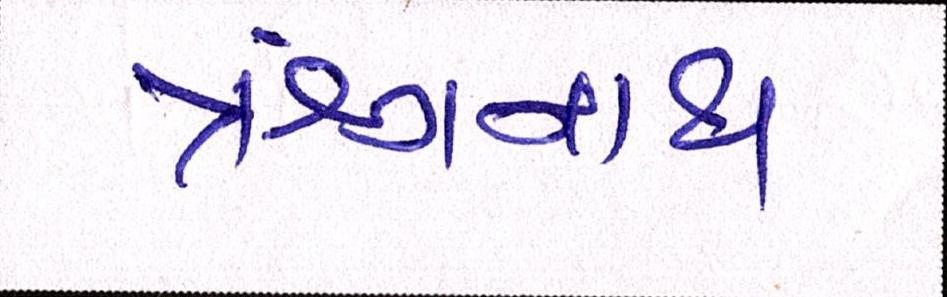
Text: ઋગનાથ